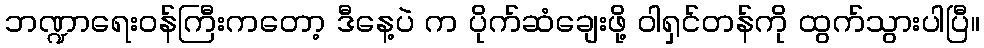
ဘဏ္ဍာရေးဝန်ကြီးကတော့ ဒီနေ့ပဲ က ပိုက်ဆံချေးဖို့ ဝါရှင်တန်ကို ထွက်သွားပါပြီ။